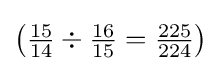
\left({\tfrac {15}{14}}\div {\tfrac {16}{15}}={\tfrac {225}{224}}\right)